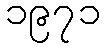
၁၉၇၁